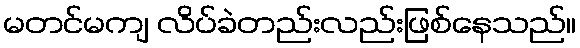
မတင်မကျ လိပ်ခဲတည်းလည်းဖြစ်နေသည်။